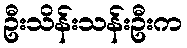
ဦးသိန်းသန်းဦးက